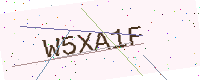
Text: W5XA1F